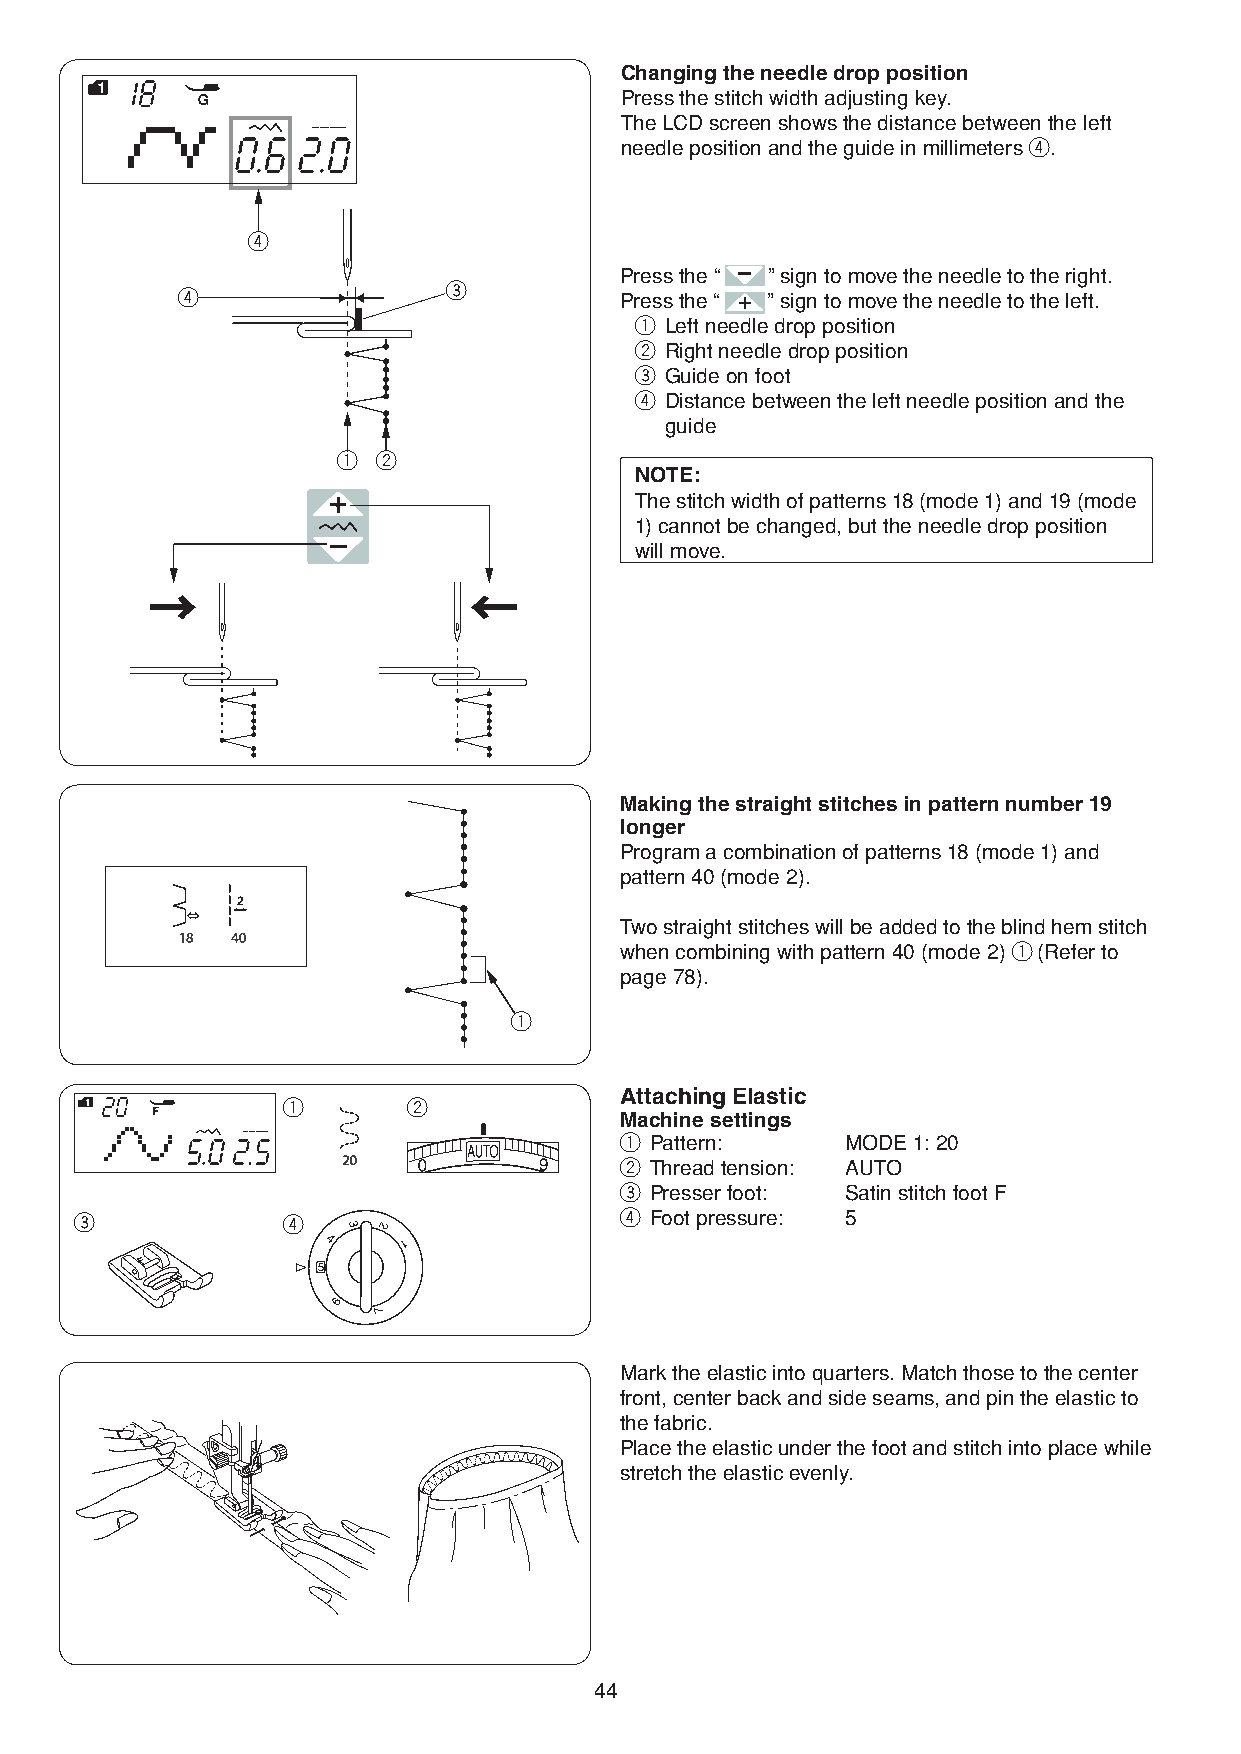
Changing the needle drop position
 Press the stitch width adjusting key.
 The LCD screen shows the distance between the left
 needle position and the guide in millimeters r.
 r
 Press the “ ” sign to move the needle to the right.
 e
 r                            Press the “ ” sign to move the needle to the left.
 q Left needle drop position
 w Right needle drop position
 e Guide on foot
 r Distance between the left needle position and the
 guide
 q  w
 NOTE:
 The stitch width of patterns 18 (mode 1) and 19 (mode
 1) cannot be changed, but the needle drop position
 will move.
 →                    ←
 Making the straight stitches in pattern number 19
 longer
 Program a combination of patterns 18 (mode 1) and
 pattern 40 (mode 2).
 Two straight stitches will be added to the blind hem stitch
 when combining with pattern 40 (mode 2) q (Refer to
 page 78).
 q
 Attaching Elastic
 q       w
 Machine settings
 q Pattern:     MODE 1: 20
 w Thread tension: AUTO
 e Presser foot: Satin stitch foot F
 e             r                     r Foot pressure: 5
 Mark the elastic into quarters. Match those to the center
 front, center back and side seams, and pin the elastic to
 the fabric.
 Place the elastic under the foot and stitch into place while
 stretch the elastic evenly.
 44